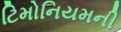
ટિમોનિયમની